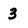
Character: 3